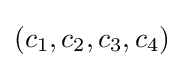
(c_{1},c_{2},c_{3},c_{4})